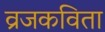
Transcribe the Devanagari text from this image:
व्रजकविता